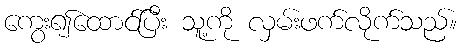
ကွေး၍ထောင်ပြီး သူ့ကို လှမ်းဖက်လိုက်သည်။